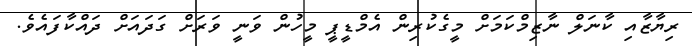
ރިޔާޒާއި ކާނަލް ނާޒިމްކަމަށް މީގެކުރިން އެމްޑީޕީ މީހުން ވަނީ ވަރަށް ގަދައަށް ދައްކާފައެވެ.